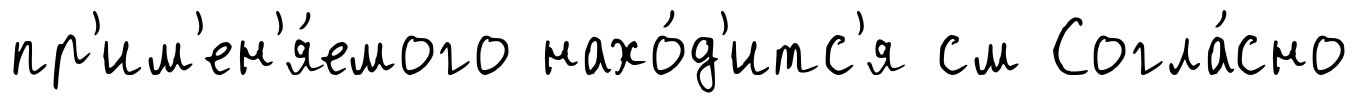
пр'им'ен'я́емого нахо́д'итс'я см Согла́сно